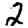
Digit: 2